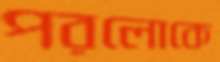
পরলোকে